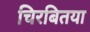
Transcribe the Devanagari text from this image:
चिरबितया